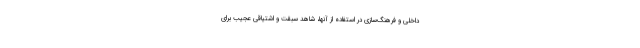
داخلی و فرهنگ‌سازی در استفاده از آنها، شاهد سبقت و ‌اشتیاقی عجیب برای